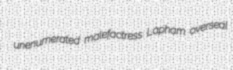
unenumerated malefactress Lapham overseal